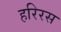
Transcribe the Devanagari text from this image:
हरिरस